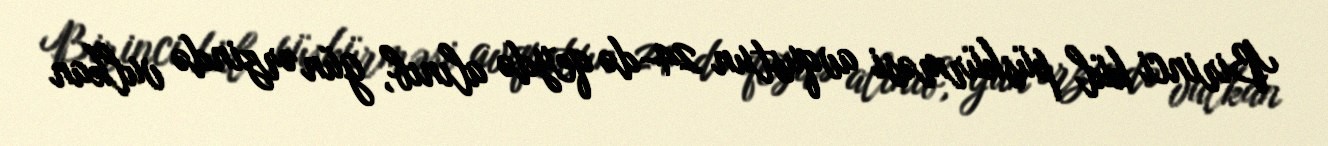
Birinci kül püskürməsi avqustun 24-də qeydə alınıb, gün ərzində vulkan